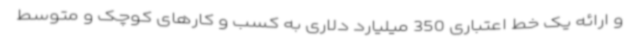
و ارائه یک خط اعتباری 350 میلیارد دلاری به کسب و کارهای کوچک و متوسط